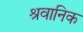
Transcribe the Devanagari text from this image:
श्रवानिक